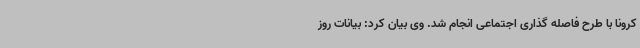
کرونا با طرح فاصله گذاری اجتماعی انجام شد. وی بیان کرد: بیانات روز